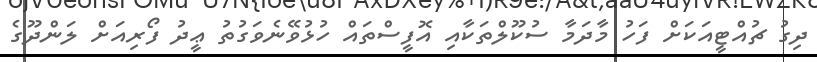
ދިގު ޗުއްޓީއަކަށް ފަހު މާދަމާ ސުކޫލްތަކާއި އޮފީސްތައް ހުޅުވޭނެވަގުތު ޢީދު ފޯރިއަށް ލަންދޫގެ